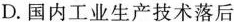
D.国内工业生产技术落后